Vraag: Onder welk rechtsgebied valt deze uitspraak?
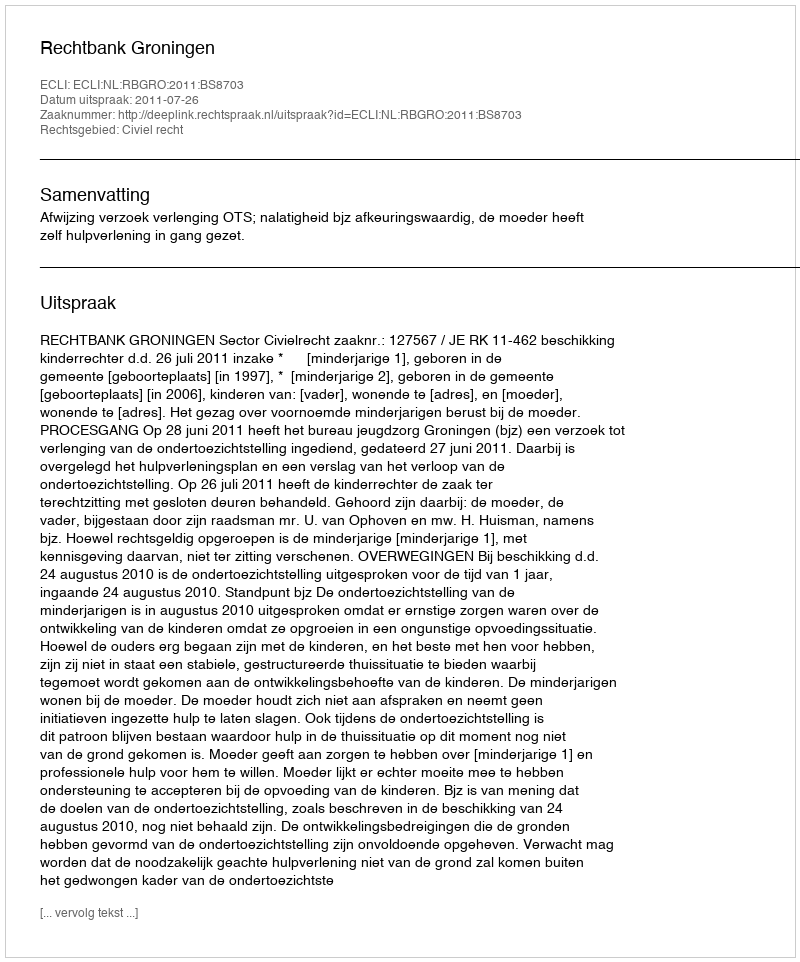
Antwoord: Civiel recht